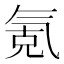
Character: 氪